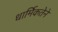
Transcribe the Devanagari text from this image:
धार्मिकतेने